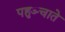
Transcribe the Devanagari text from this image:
पहुञ्चाते